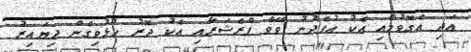
އަދި އެގޮވުމާއި އެކު އުފެދުނު ވޭވް ޕްރެޝަރާއި އެކު ދޮރު ހުޅުވިގެން ދިޔައިރު